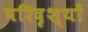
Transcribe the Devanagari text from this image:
परिदृश्‍यों